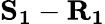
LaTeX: \mathbf{S_{1}}-\mathbf{R_{1}}